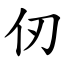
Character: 仞